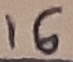
Text: 16